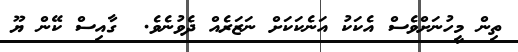
ތިން މީހުނަށްވެސް އެކަކު އަނެކަކަށް ނަޒަރެއް ދެވުނެވެ.  ގާއިސް ކޭން ޔޫ